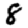
Digit: 8